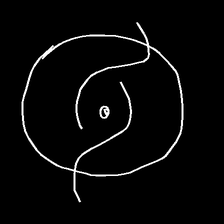
Glyph: repetition